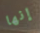
إنها